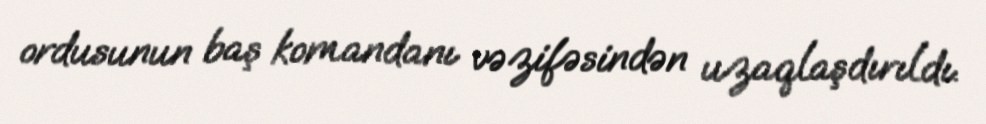
ordusunun baş komandanı vəzifəsindən uzaqlaşdırıldı.